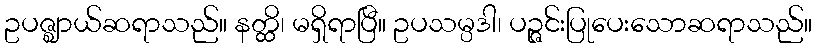
ဥပဇ္ဈာယ်ဆရာသည်။ နတ္ထိ၊ မရှိရာပြီ။ ဥပသမ္ပဒါ၊ ပဉ္ဇင်းပြုပေးသောဆရာသည်။